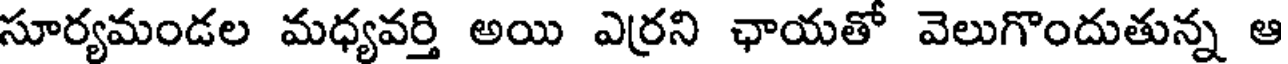
సూర్యమండల మధ్యవర్తి అయి ఎర్రని ఛాయతో వెలుగొందుతున్న ఆ